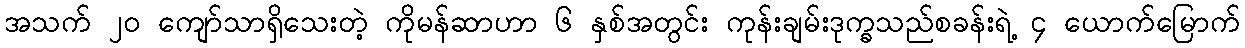
အသက် ၂၀ ကျော်သာရှိသေးတဲ့ ကိုမန်ဆာဟာ ၆ နှစ်အတွင်း ကုန်းချမ်းဒုက္ခသည်စခန်းရဲ့ ၄ ယောက်မြောက်